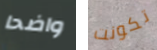
واضحا تكونت